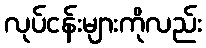
လုပ်ငန်းများကိုလည်း